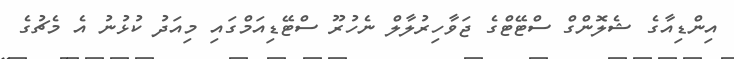
އިންޑިއާގެ ޝެލޮންގް ސްޓޭޓްގެ ޖަވާހިރުލާލް ނެހުރޫ ސްޓޭޑިއަމްގައި މިއަދު ކުޅުނު އެ މެޗުގެ